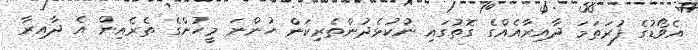
އެވޯޑުގެ ފުރަތަމަ ދާއިރާއެއްގެ ގޮތުގައި ނުކުޅެދުންތެރިކަން ހުންނަ މީހުންގެ ތެރެއިން އެ ދާއިރާ